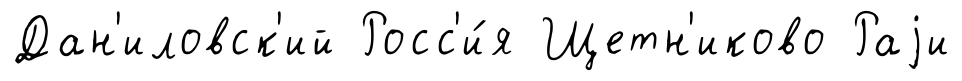
Дан'иловск'ий Росс'и́я Щетн'иково Раjи